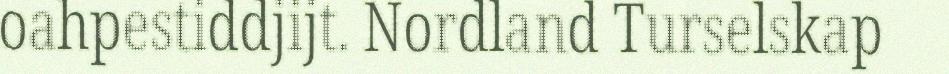
oahpestiddjijt. Nordland Turselskap